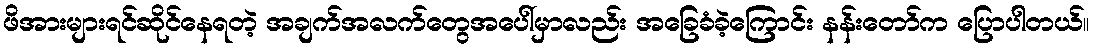
ဖိအားများရင်ဆိုင်နေရတဲ့ အချက်အလက်တွေအပေါ်မှာလည်း အခြေခံခဲ့ကြောင်း နန်းတော်က ပြောပါတယ်။